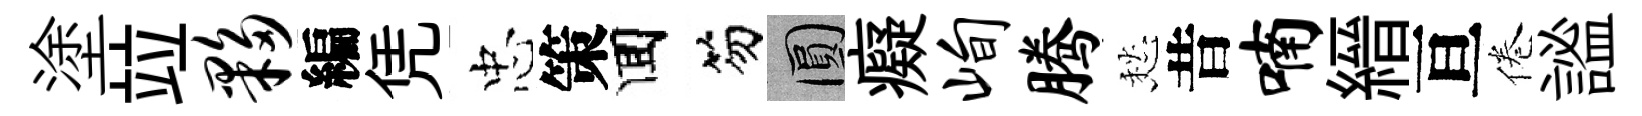
塗竝夥編凭忠策囬笏圓癡峋腾愁昔喃縉亘倦謐